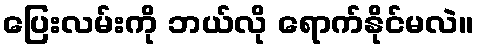
ပြေးလမ်းကို ဘယ်လို ရောက်နိုင်မလဲ။